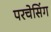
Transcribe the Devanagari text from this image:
परचेसिंग